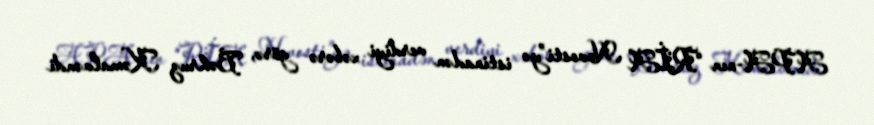
APA-nın “RİA Novosti”yə istinadən verdiyi xəbərə görə, Bəhruz Kəmalvəndi